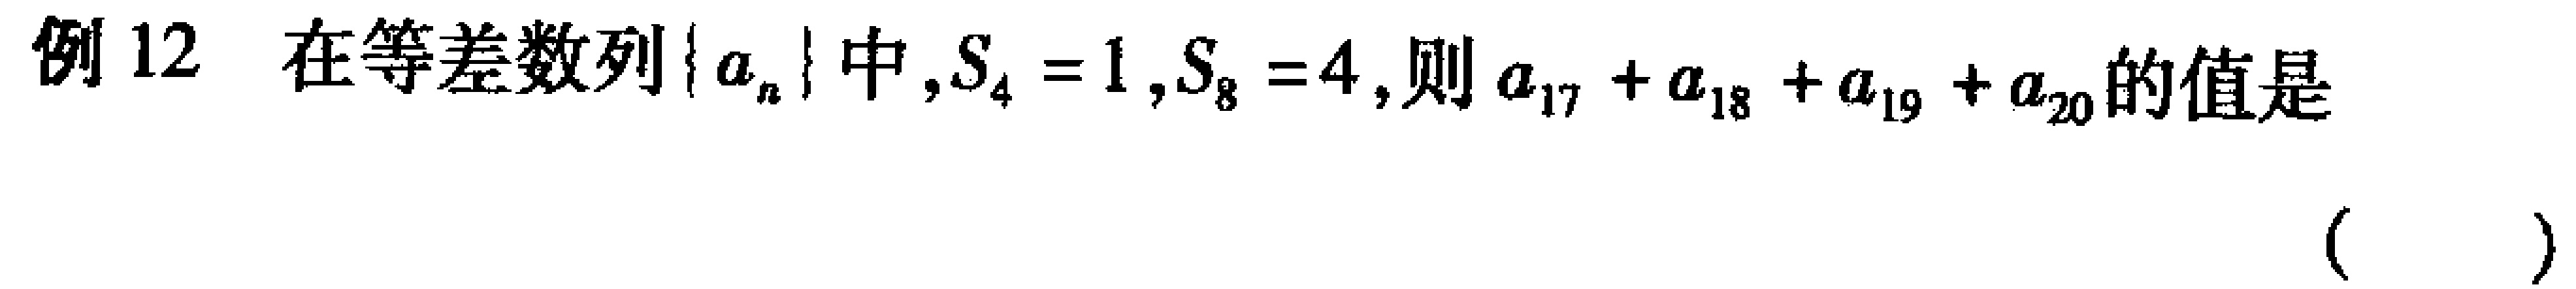
例 12 在等差数列\(\{ a_{n}\}\)中,\(S_{4}=1\),\(S_{8}=4\),则\(a_{17}+a_{18}+a_{19}+a_{20}\)的值是 （  ）